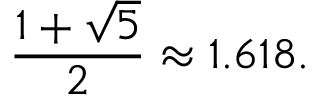
{ \frac { 1 + { \sqrt { 5 } } } { 2 } } \approx 1 . 6 1 8 .